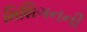
મિશિગનની